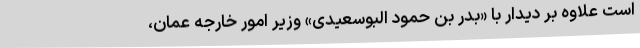
است علاوه بر دیدار با «بدر بن حمود البوسعیدی» وزیر امور خارجه عمان،